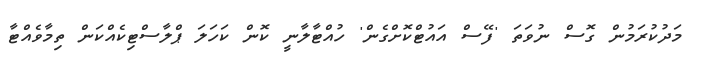
މަދުކުރަމުން ގޮސް ނުވަތަ 'ފޭސް އައުޓްކޮށްގެން' ހުއްޓާލާނީ ކޮން ކަހަލަ ޕްލާސްޓިކެއްކަން ތިމާވެއްޓާ